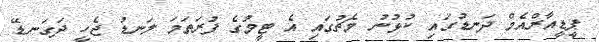
ޕީޑީއާރްއެމް ދަނޑުގައި ކުޅުނު މެޗުގައި އެ ޓީމުގެ ފުރަތަމަ ލަނޑު ޖެހީ ދަގަނޑޭ